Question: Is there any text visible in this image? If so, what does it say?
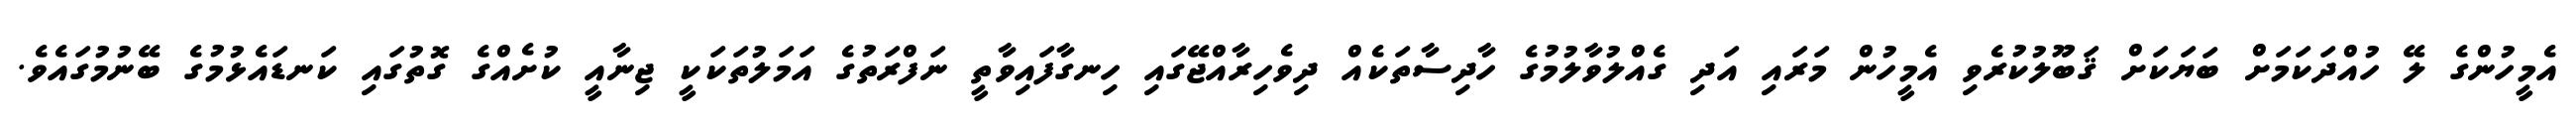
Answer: އެމީހުންގެ ލޭ ހުއްދަކަމަށް ބަޔަކަށް ޤަބޫލުކުރެވި އެމީހުން މަރައި އަދި ގެއްލުވާލުމުގެ ހާދިސާތަކެއް ދިވެހިރާއްޖޭގައި ހިނގާފައިވާތީ ނަފްރަތުގެ އަމަލުތަކަކީ ޖިނާއީ ކުށެއްގެ ގޮތުގައި ކަނޑައެޅުމުގެ ބޭނުމުގައެވެ.